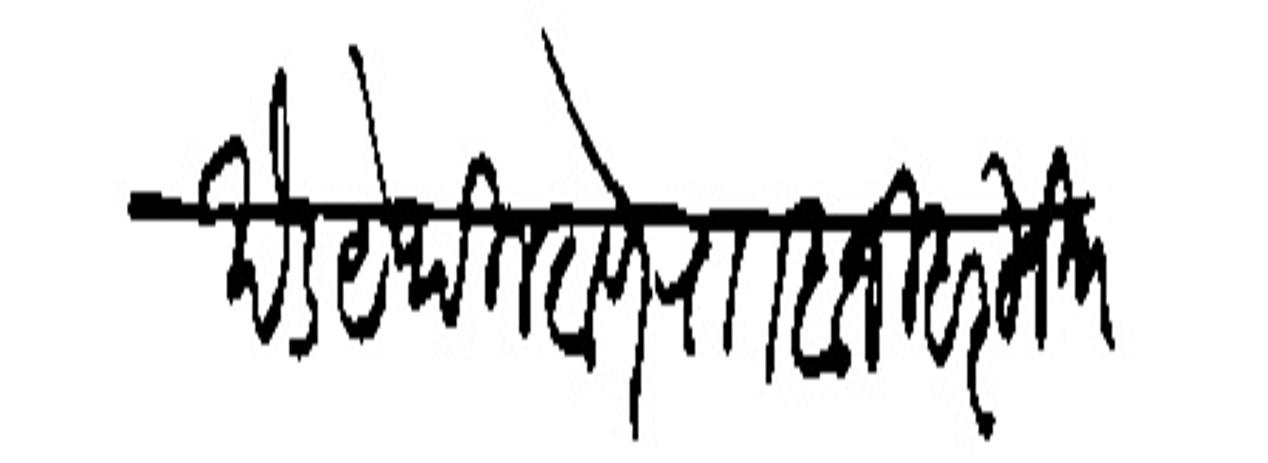
Transliteration (Devanagari): खेड येथील ठाणे राा बाजी हरि निाा